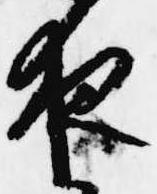
夜